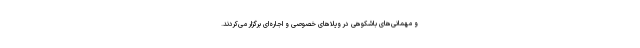
و مهمانی‌های باشکوهی در ویلاهای خصوصی و اجاره‌ای برگزار می‌کردند.